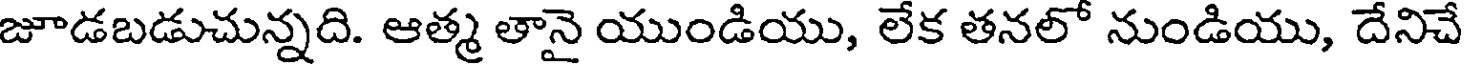
జూడబడుచున్నది. ఆత్మ తానై యుండియు, లేక తనలో నుండియు, దేనిచే